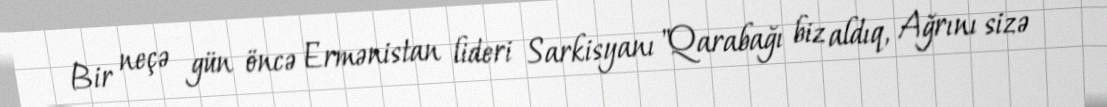
Bir neçə gün öncə Ermənistan lideri Sarkisyanı "Qarabağı biz aldıq, Ağrını sizə